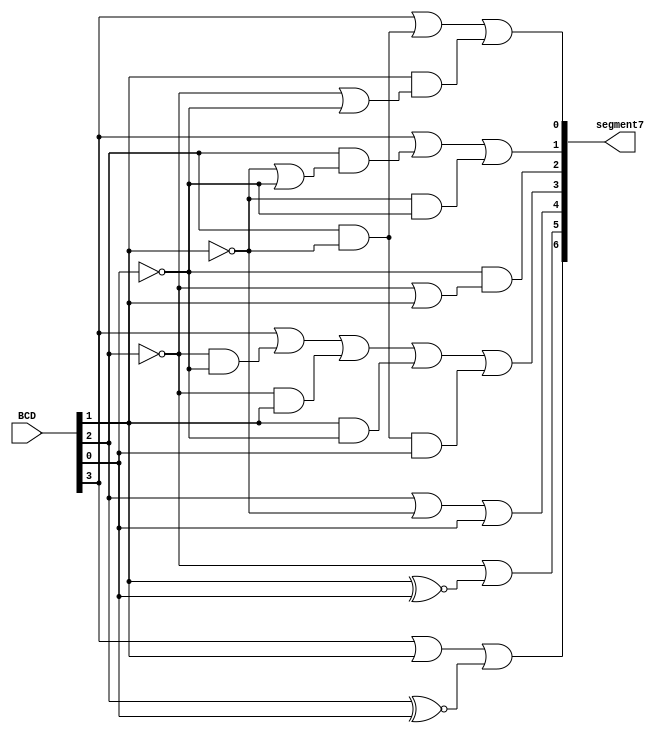
`timescale 1ns / 1ps
//////////////////////////////////////////////////////////////////////////////////
// Company: 
// Engineer: 
// 
// Design Name: 
// Module Name: BCD_to_7segment
// Project Name: 
// Target Devices: 
// Tool Versions: 
// Description: 
// 
// Dependencies: 
// 
// Revision:
// Revision 0.01 - File Created
// Additional Comments:
// 
//////////////////////////////////////////////////////////////////////////////////


module BCD_to_7segment(BCD,segment7);

    input [3:0]BCD; 
    output [6:0]segment7;
    
    wire a,b,c,d,e,f,g;
    
    assign a = BCD[3] | BCD[1] | (BCD[2]~^BCD[0]);
    
    assign b = (~BCD[2])| (BCD[1]~^BCD[0]);
    
    assign c = BCD[2] | (~BCD[1]) | (BCD[0]);
    
    assign d = BCD[3] | ((~BCD[2])&(~BCD[0])) | ((~BCD[2])&BCD[1]) | (BCD[1]&(~BCD[0])) | (BCD[2]&(~BCD[1])&BCD[0]);
    
    assign e = ~BCD[0]&(~BCD[2]|BCD[1]);
    
    assign f = BCD[3] | (BCD[2]&(~BCD[1]|~BCD[0])) | ((~BCD[1])&(~BCD[0]));
    
    assign g = BCD[3] | (BCD[2]&(~BCD[1])) | (BCD[1]&(~BCD[2]|~BCD[0]));
    
    assign segment7= {a,b,c,d,e,f,g};

endmodule